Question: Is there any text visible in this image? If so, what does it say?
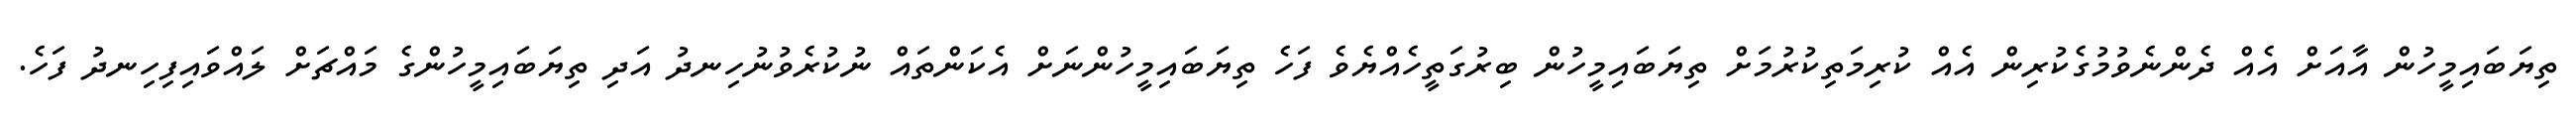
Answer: ތިޔަބައިމީހުން އާއަށް އެއް ދެންނެވުމުގެކުރިން އެއް ކުރިމަތިކުރުމަށް ތިޔަބައިމީހުން ބިރުގަތީހެއްޔެވެ ފަހެ ތިޔަބައިމީހުންނަށް އެކަންތައް ނުކުރެވުނުހިނދު އަދި ތިޔަބައިމީހުންގެ މައްޗަށް ލައްވައިފިހިނދު ފަހެ.